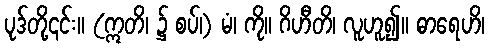
ပုဒ်တို့၎င်း။ (ဣတိ၊ ၌ စပ်၊) မံ၊ ကို။ ဂိဟီတိ၊ လူဟူ၍။ ဓာရေဟိ၊